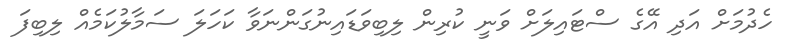
ހެދުމަށް އަދި އޭގެ ސްޓައިލަށް ވަނީ ކުރިން ލިބިވަޑައިނުގަންނަވާ ކަހަލަ ސަމާލުކަމެއް ލިބިފަ